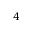
4